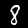
Label: 8